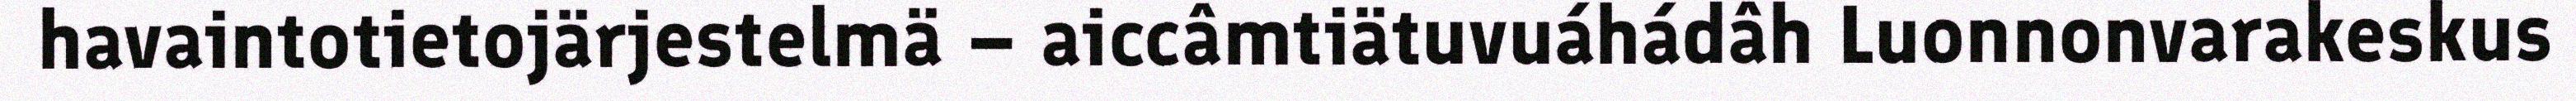
havaintotietojärjestelmä – aiccâmtiätuvuáhádâh Luonnonvarakeskus